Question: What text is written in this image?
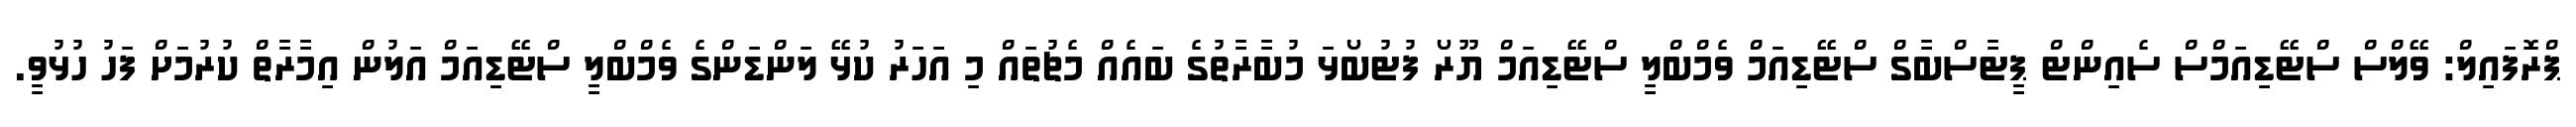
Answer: ޕްރޮފައިލް: ވޭލްސް ސްޓޭޑިއަމްސް ސެއިންޓް ޕީޓާސްބާގް ސްޓޭޑިއަމް ވެމްބްލީ ސްޓޭޑިއަމް ޔޫރޯ ފުޓުބޯޅަ މުބާރާތުގެ ބައެއް މެޗުތައް މި އަހަރު ކުޅޭ ލަންޑަންގެ ވެމްބްލީ ސްޓޭޑިއަމް އަލުން އިމާރާތް ކުރުމަށް ފަހު ހުޅުވީ.